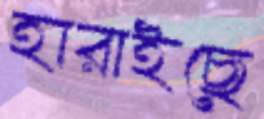
হারাইছে